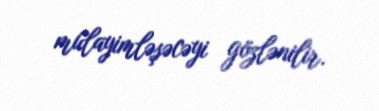
mülayimləşəcəyi gözlənilir.